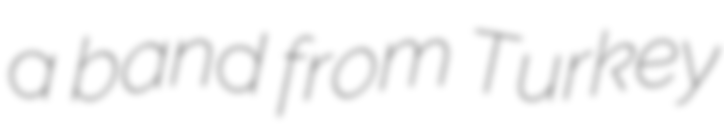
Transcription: a band from Turkey